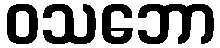
ဝသဘော